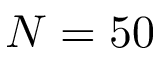
N = 5 0